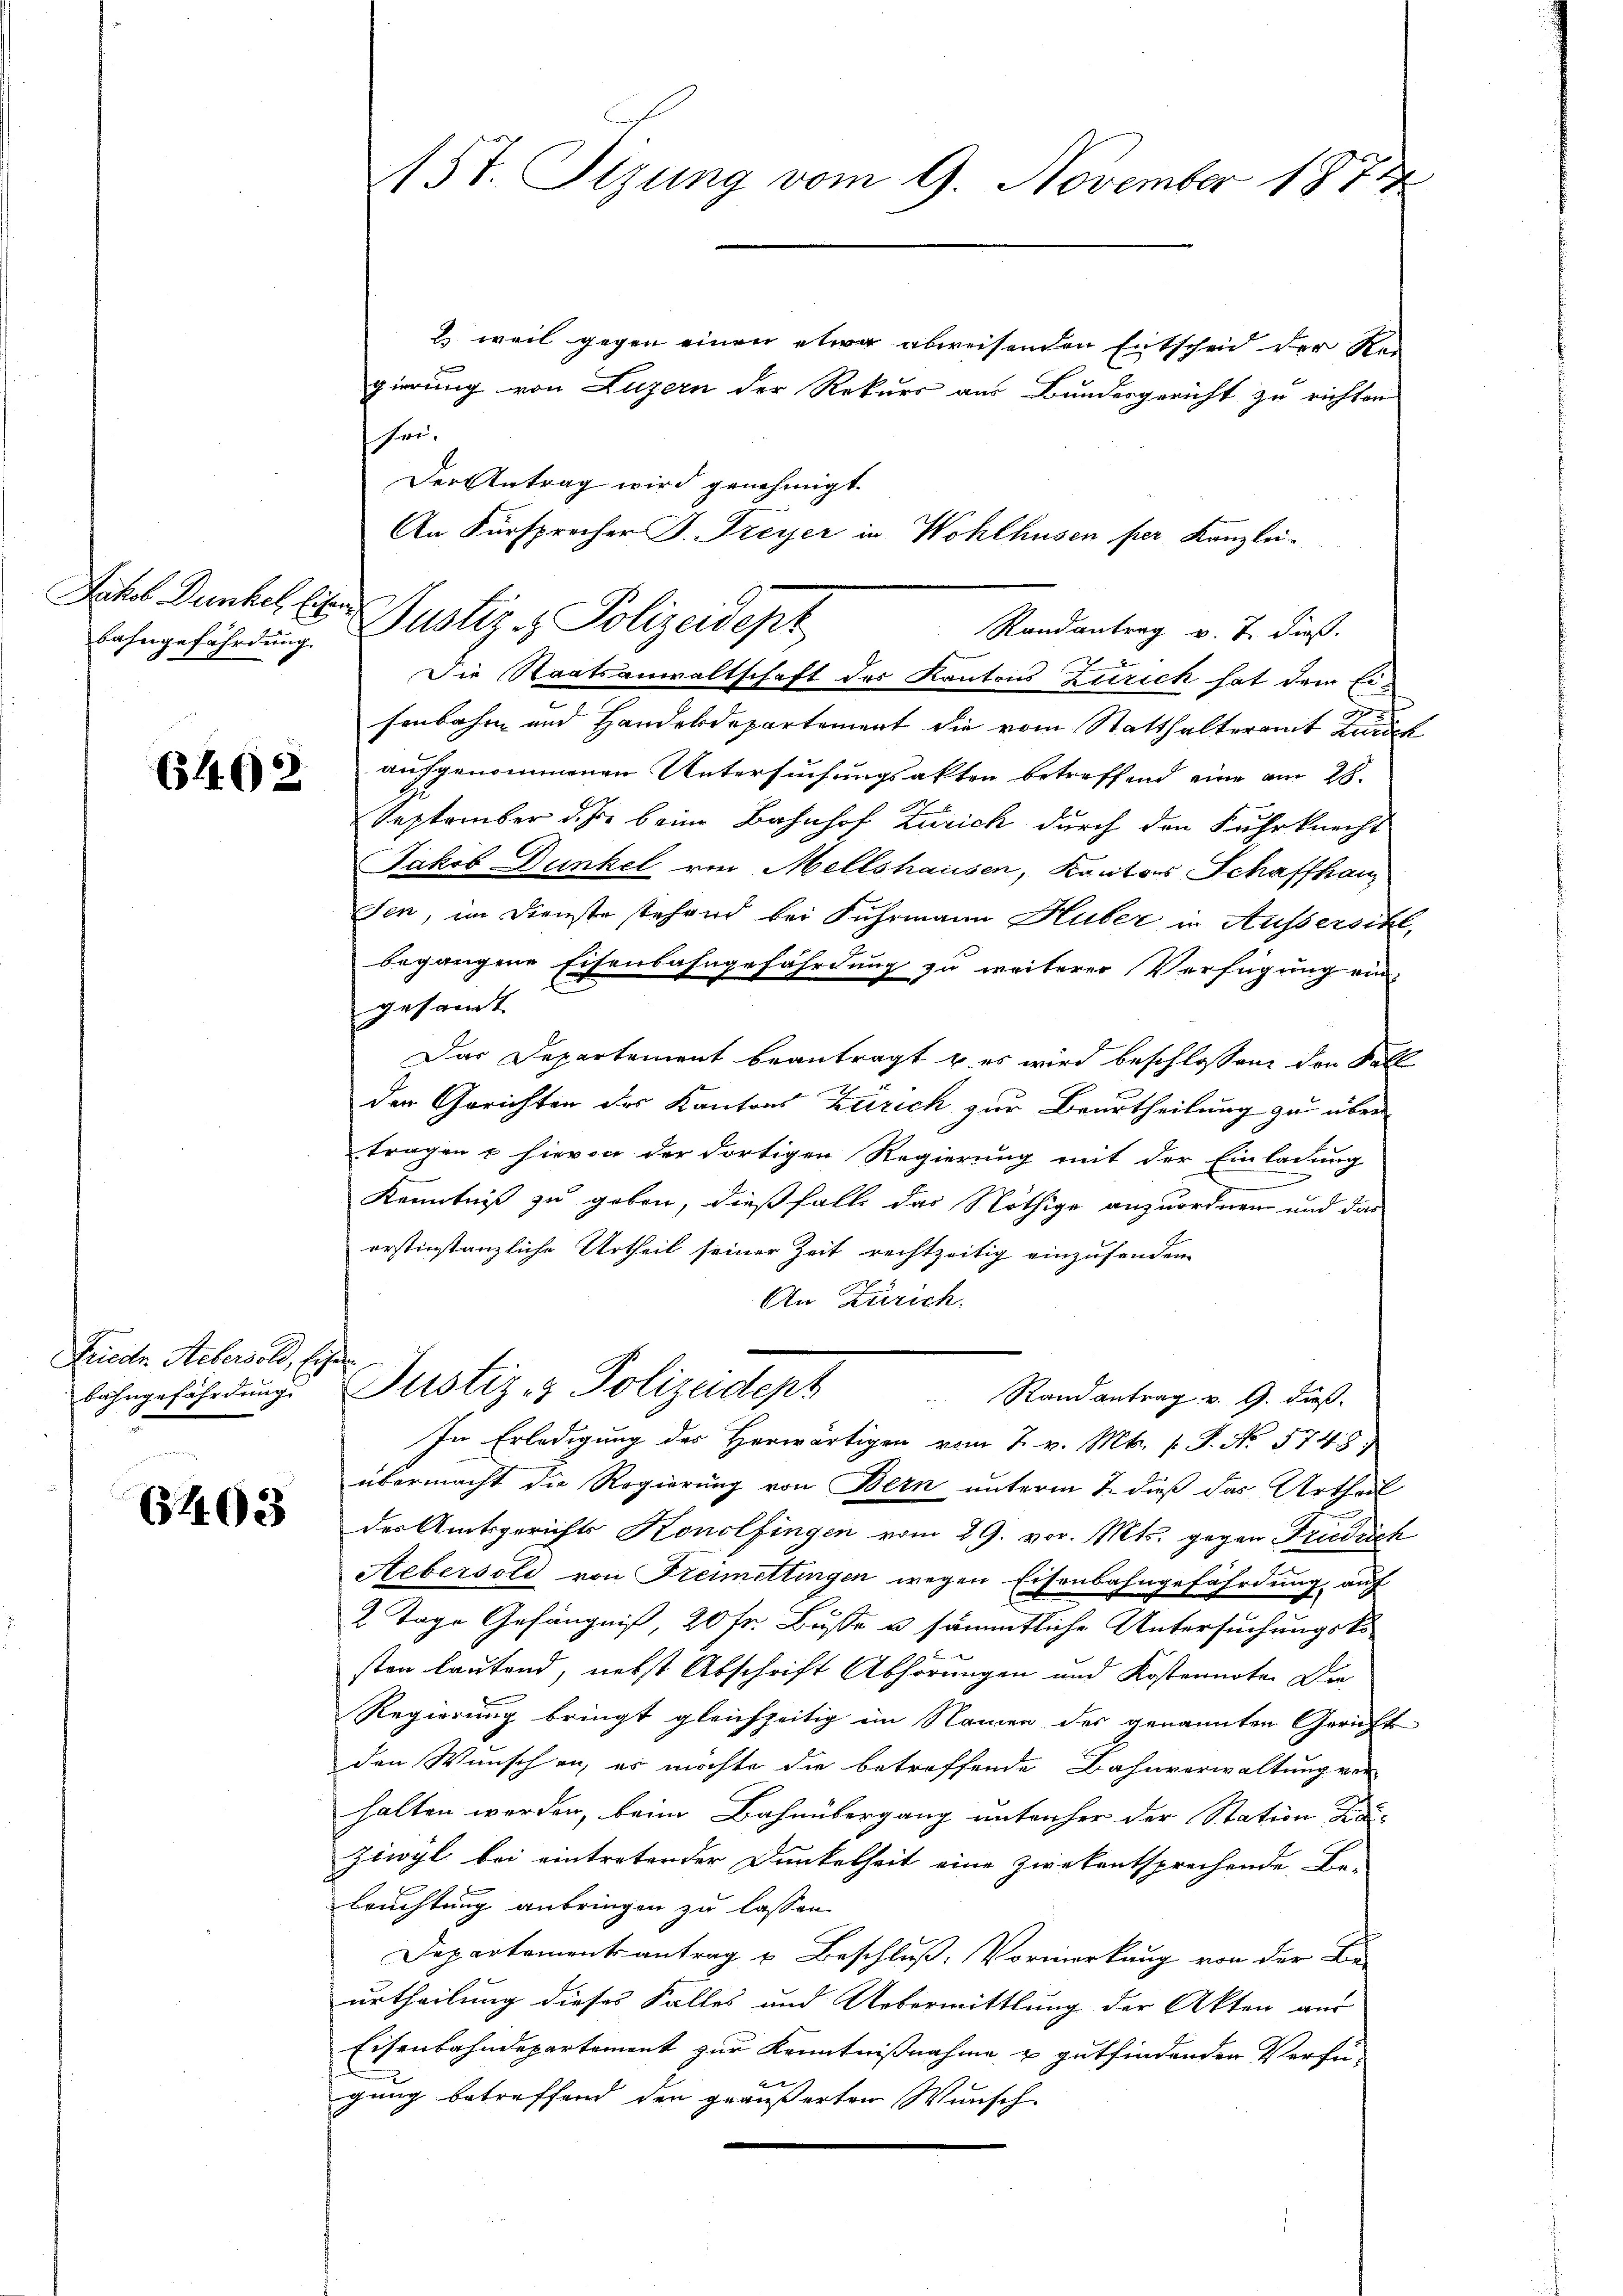
Jakob Dunkel Eisen

65402

Friede Hebersold, Eigen
bahngefährdung.

6403

& weil gegen einen etwa abweisenden Entscheid der Re-
gierung von Luzern der Rekurs aus Bundesgericht zu richten
sei.
Der Antrag wird genehmigt.
An Fürsprocher J. Freyer in Wohlhusen per Kanzlei-
Randantrag v. J. dieß.
2
Die Staatsanwaltschaft des Kantons Zürich hat dem Eisenbahn und Handesdepartement die vom Statthalteramt Karten
aufgenommenen Untersuchungsakten betreffend eine am 28.
September d. J. beim Bahnhof Zürich durch den Fuhrknecht
Jakob Dunkel von Mellshausen, Kantons Schaffhau
sen, im Dienste stehend bei Fuhrmann Huber in Aussersihl,
begangene Eisenbahngefährdung zu weiterer Verfügung eingesamt.
Das Departement beantragt u. es wird beschlossen, den Fall
der Gerichten des Kantons Zürich zur Beurtheilung zu über
tragen & hievon der dortigen Regierung mit der Einladung
Kenntniß zu geben, dießfalls das Nöthige anzuordnen und das
erstinstanzliche Urtheil seiner Zeit rechtzeitig einzusenden
An Zürich.
Justiz- & Polizeitet Standeantrag v. 9. ds.
In Erledigung des Herwärtigen vom 7. v. Mts. s. S. No. 5748)
übermacht die Regierung von Bern unterm 2. dieß das Urtheil
des Amtsgerichts Konolfingen vom 29. vor. Mts. gegen Friedrich
Aebersold von Freimettingen wegen Eisenbahngefährdung auf
2 Tage Gefängniß, 20 fr. Buße & sämmtliche Untersuchungsko
sten lautend, nebst Abschrift Abhörungen und Kostennote. Die
Regierung bringt gleichzeitig im Namen der genannten Gericht
den Wunschen, es möchte die betreffende Bahnverwaltung ver-
halten werden, beim Bahnübergang antraher der Station da-
Ziwyl bei eintretender Dunkelheit eine zwekentsprechende Be-
leuchtung anbringen zu lassen.
Departament antrag u. Beschluß: Vormerkung von der Be-
urtheilung dieses Falles und Uebermittlung der Akten aus
Eisenbahndepartement zur Kenntnißnahme u. gutfindenden Verfü-
gung betreffend den geäußerten Wunsch

15t. Sizung vom 9. November 1874

Lahngefährdung. Justiz & Polizeidept